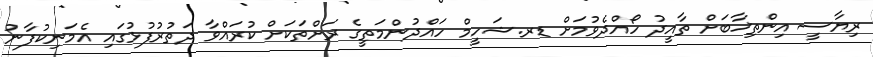
ރިޔާސީ އިންތިޚާބަށް ތާއީދު ހޯއްދެވުމަށް ޑރ.ޝަހީމް ހައްދުންމަތީގެ ރަށްތަކަަށް ކުރައްވާ ދަތުރުފުޅުގައި އެމަނިކުފާނު